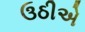
ઉઠીએ